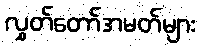
လွှတ်တော်အမတ်များ